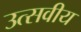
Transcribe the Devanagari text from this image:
उत्सवीय